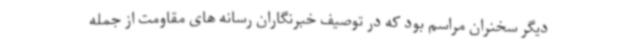
دیگر سخنران مراسم بود که در توصیف خبرنگاران رسانه های مقاومت از جمله